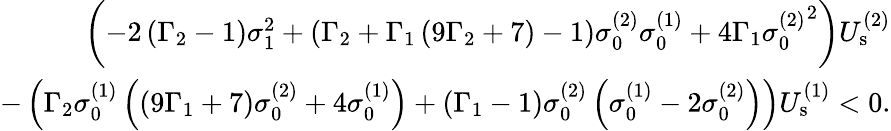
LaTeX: \begin{array}{r}{\left(-2\left(\Gamma_{2}-1\right)\sigma_{1}^{2}+\left(\Gamma_{2}+\Gamma_{1}\left(9\Gamma_{2}+7\right)-1\right)\sigma_{0}^{(2)}\sigma_{0}^{(1)}+4\Gamma_{1}{\sigma_{0}^{(2)}}^{2}\right)U_{\mathrm{s}}^{(2)}}\\ {-\left(\Gamma_{2}\sigma_{0}^{(1)}\left(\left(9\Gamma_{1}+7\right)\sigma_{0}^{(2)}+4\sigma_{0}^{(1)}\right)+\left(\Gamma_{1}-1\right)\sigma_{0}^{(2)}\left(\sigma_{0}^{(1)}-2\sigma_{0}^{(2)}\right)\right)U_{\mathrm{s}}^{(1)}<0.}\end{array}